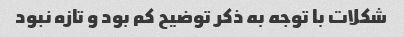
شکلات با توجه به ذکر توضیح کم بود و تازه نبود